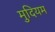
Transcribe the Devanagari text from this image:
मुदियम